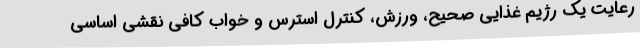
رعایت یک رژیم غذایی صحیح، ورزش، کنترل استرس و خواب کافی نقشی اساسی